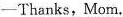
-Thanks,Mom.